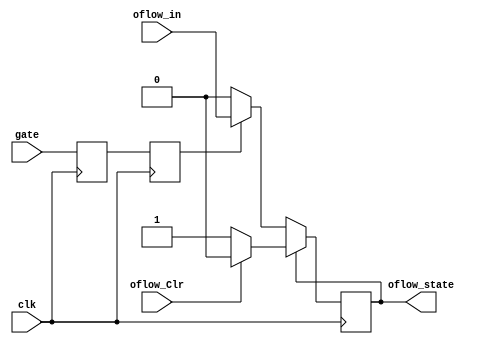
module overflow_detector(
    input clk,
    input oflow_Clr,
	 input oflow_in,
	 input gate,
    output reg oflow_state = 1'b0
    );

//initial rst_state = 1'b1;
//always @(posedge clk) begin
//	if (gate) oflow_state <= (oflow_Clr) ? 1'b0 : oflow_in;
//	else oflow_state <= (oflow_Clr) ? 1'b0 : oflow_state;
//	end

reg gate_a = 1'b0, gate_b = 1'b0;

always @(posedge clk) begin
	gate_a <= gate;
	gate_b <= gate_a;
	if (~oflow_state) oflow_state <= (gate_b) ? oflow_in : oflow_state;
	else oflow_state <= (oflow_Clr) ? 1'b0 : oflow_state;
	end
endmodule